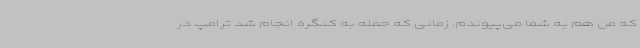
که من هم به شما می‌پیوندم. زمانی که حمله به کنگره انجام شد ترامپ در